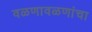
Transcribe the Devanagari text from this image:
वळणावळणांचा